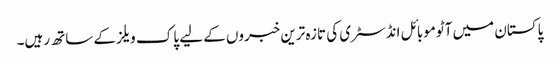
پاکستان میں آٹوموبائل انڈسٹری کی تازہ ترین خبروں کے لیے پاک ویلز کے ساتھ رہیں۔